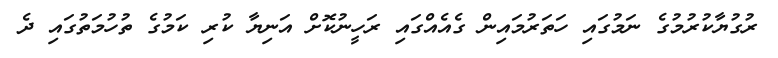
ރުގުޔާކުރުމުގެ ނަމުގައި ހަތަރުމައިން ގެއެއްގައި ރަހީނުކޮށް އަނިޔާ ކުރި ކަމުގެ ތުހުމަތުގައި ދެ